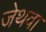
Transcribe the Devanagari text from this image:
जेथवा